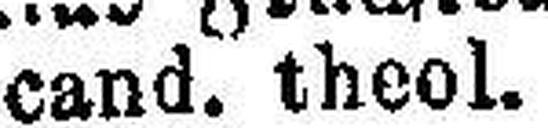
cand. theol